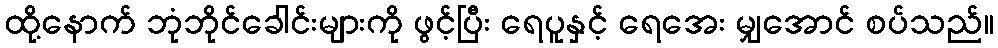
ထို့နောက် ဘုံဘိုင်ခေါင်းများကို ဖွင့်ပြီး ရေပူနှင့် ရေအေး မျှအောင် စပ်သည်။